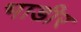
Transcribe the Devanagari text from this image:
भाडीर